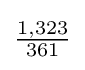
{\tfrac {1,323}{361}}